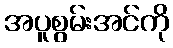
အပူစွမ်းအင်ကို